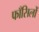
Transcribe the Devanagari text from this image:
फाँसिलों